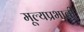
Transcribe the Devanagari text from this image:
मूल्यप्रभावी